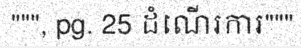
""", pg. 25 ដំណើរការ"""